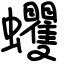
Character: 蠼